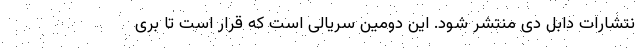
نتشارات دابل دی منتشر شود. این دومین سریالی است که قرار است تا بری